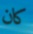
كان